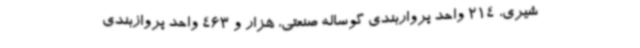
شیری، 214 واحد پرواربندی گوساله صنعتی، هزار و 463 واحد پروازبندی